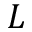
L